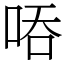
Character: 㖔